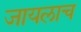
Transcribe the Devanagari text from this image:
जायलाच